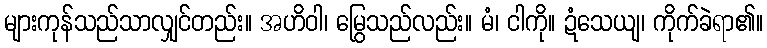
များကုန်သည်သာလျှင်တည်း။ အဟိဝါ၊ မြွေသည်လည်း။ မံ၊ ငါကို။ ဍံသေယျ၊ ကိုက်ခဲရာ၏။